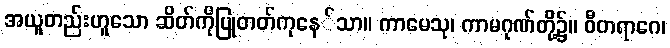
အယူတည်းဟူသော ဆိတ်ကိုပြုတတ်ကုနေ်သာ။ ကာမေသု၊ ကာမဂုဏ်တို့၌။ ဝီတရာဂေ၊